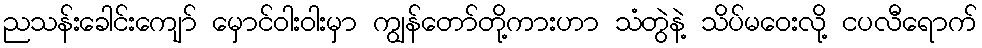
ညသန်းခေါင်းကျော် မှောင်ဝါးဝါးမှာ ကျွန်တော်တို့ကားဟာ သံတွဲနဲ့ သိပ်မဝေးလို့ ငပလီရောက်